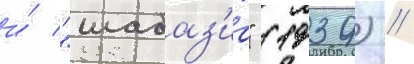
и́ "шабаз'иа" (1939) //